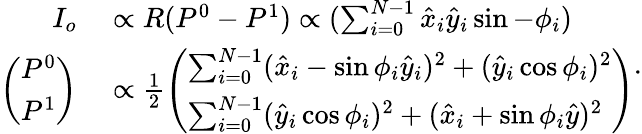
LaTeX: \begin{array}{rl}{I_{o}}&{{}\propto R(P^{0}-P^{1})\propto(\sum_{i=0}^{N-1}\hat{x}_{i}\hat{y}_{i}\sin-\phi_{i})}\\ {\left(\begin{array}{l}{P^{0}}\\ {P^{1}}\end{array}\right)}&{{}\propto\frac{1}{2}\left(\begin{array}{l}{\sum_{i=0}^{N-1}(\hat{x}_{i}-\sin\phi_{i}\hat{y}_{i})^{2}+(\hat{y}_{i}\cos\phi_{i})^{2}}\\ {\sum_{i=0}^{N-1}(\hat{y}_{i}\cos\phi_{i})^{2}+(\hat{x}_{i}+\sin\phi_{i}\hat{y})^{2}}\end{array}\right)}\end{array}.